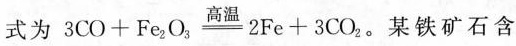
式为$$3 C O + F e 2 O \xlongequal { 高 温 } 2 F e + 3 C O _ { 2 }$$。某铁矿石